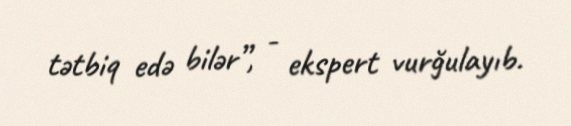
tətbiq edə bilər”, - ekspert vurğulayıb.